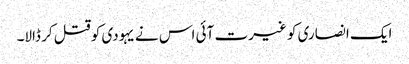
ایک انصاری کو غیرت آئی اس نے یہودی کو قتل کر ڈالا۔